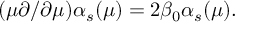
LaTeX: ( \mu \partial / \partial \mu ) \alpha _ { s } ( \mu ) = 2 \beta _ { 0 } \alpha _ { s } ( \mu ) .